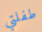
طفلتي